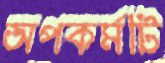
অপকর্মটি